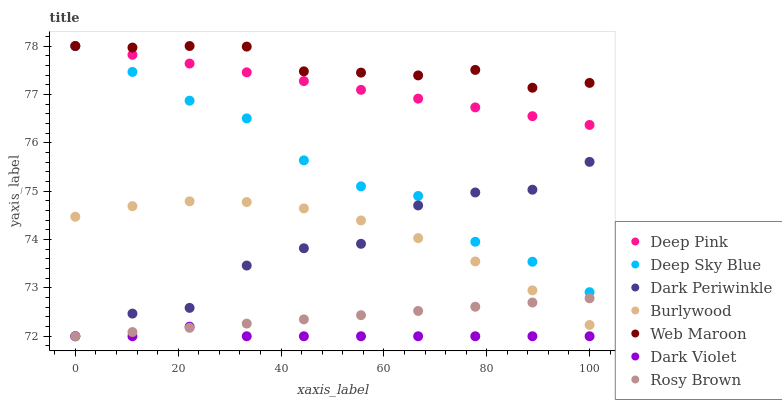
| xaxis_label | Deep Pink | Deep Sky Blue | Dark Periwinkle | Burlywood | Web Maroon | Dark Violet | Rosy Brown |
 | --- | --- | --- | --- | --- | --- | --- | --- |
 | 0 | 78 | 78 | 72 | 74.5 | 78 | 72 | 72 |
 | 11.1 | 77.8 | 77.5 | 72.5 | 74.7 | 78 | 72 | 72.1 |
 | 22.2 | 77.6 | 76.9 | 72.6 | 74.8 | 78 | 72.2 | 72.2 |
 | 33.3 | 77.5 | 76.5 | 73.5 | 74.8 | 78 | 72 | 72.3 |
 | 44.4 | 77.3 | 75.6 | 73.8 | 74.6 | 77.5 | 72 | 72.3 |
 | 55.6 | 77.1 | 75.1 | 73.9 | 74.4 | 77.4 | 72 | 72.4 |
 | 66.7 | 76.9 | 74.9 | 74.7 | 74 | 77.4 | 72 | 72.5 |
 | 77.8 | 76.7 | 74 | 75 | 73.5 | 77.5 | 72 | 72.6 |
 | 88.9 | 76.5 | 73.5 | 75 | 72.9 | 77.1 | 72 | 72.7 |
 | 100 | 76.4 | 72.9 | 75.6 | 72.2 | 77.2 | 72 | 72.8 |